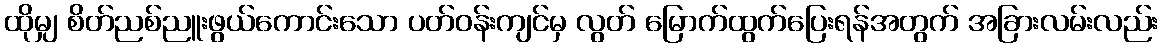
ထိုမျှ စိတ်ညစ်ညူးဖွယ်ကောင်းသော ပတ်ဝန်းကျင်မှ လွတ် မြောက်ထွက်ပြေးရန်အတွက် အခြားလမ်းလည်း